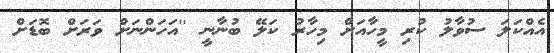
އެއްކަލަ ސުވާލު ކުރި މީހާއަށް މިހާރު ކަލޭ ބުނާނީ ''އަހަންނަށް ވަރަށް ބޮޑަށް